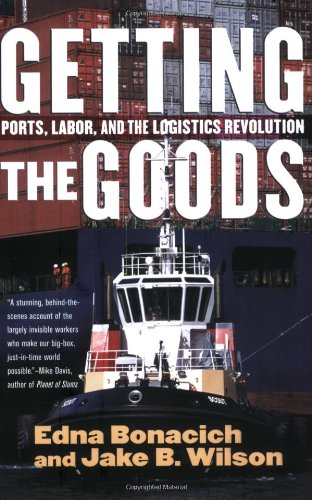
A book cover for Getting the Goods: Ports, Labor, and the Logistics Revolution; Edna Bonacich; Business & Money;